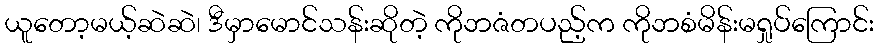
ယူတော့မယ့်ဆဲဆဲ၊ ဒီမှာမောင်သန်းဆိုတဲ့ ကိုဘဇံတပည့်က ကိုဘစံမိန်းမရှုပ်ကြောင်း